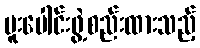
ပူးပေါင်းဖွဲ့စည်းထားသည့်